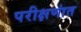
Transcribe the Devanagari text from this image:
परीक्षणांत